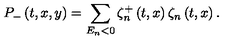
P _ { - } \left( t , x , y \right) = \sum _ { E _ { n } < 0 } \zeta _ { n } ^ { + } \left( t , x \right) \zeta _ { n } \left( t , x \right) .